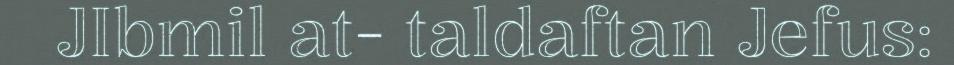
JIbmil at- taldaftan Jefus: